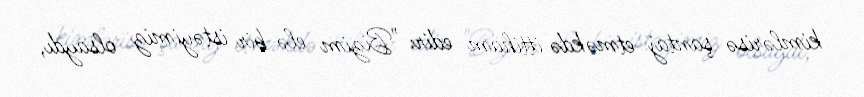
kimlərisə şantaj etməkdə ittiham edir: "Bizim elə bir istəyimiz olsaydı,